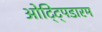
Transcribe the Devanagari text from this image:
ओट्ट्पिडारम